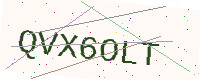
Text: QVX6OLT